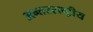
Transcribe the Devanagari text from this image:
अन्‍तरराष्ट्रीय